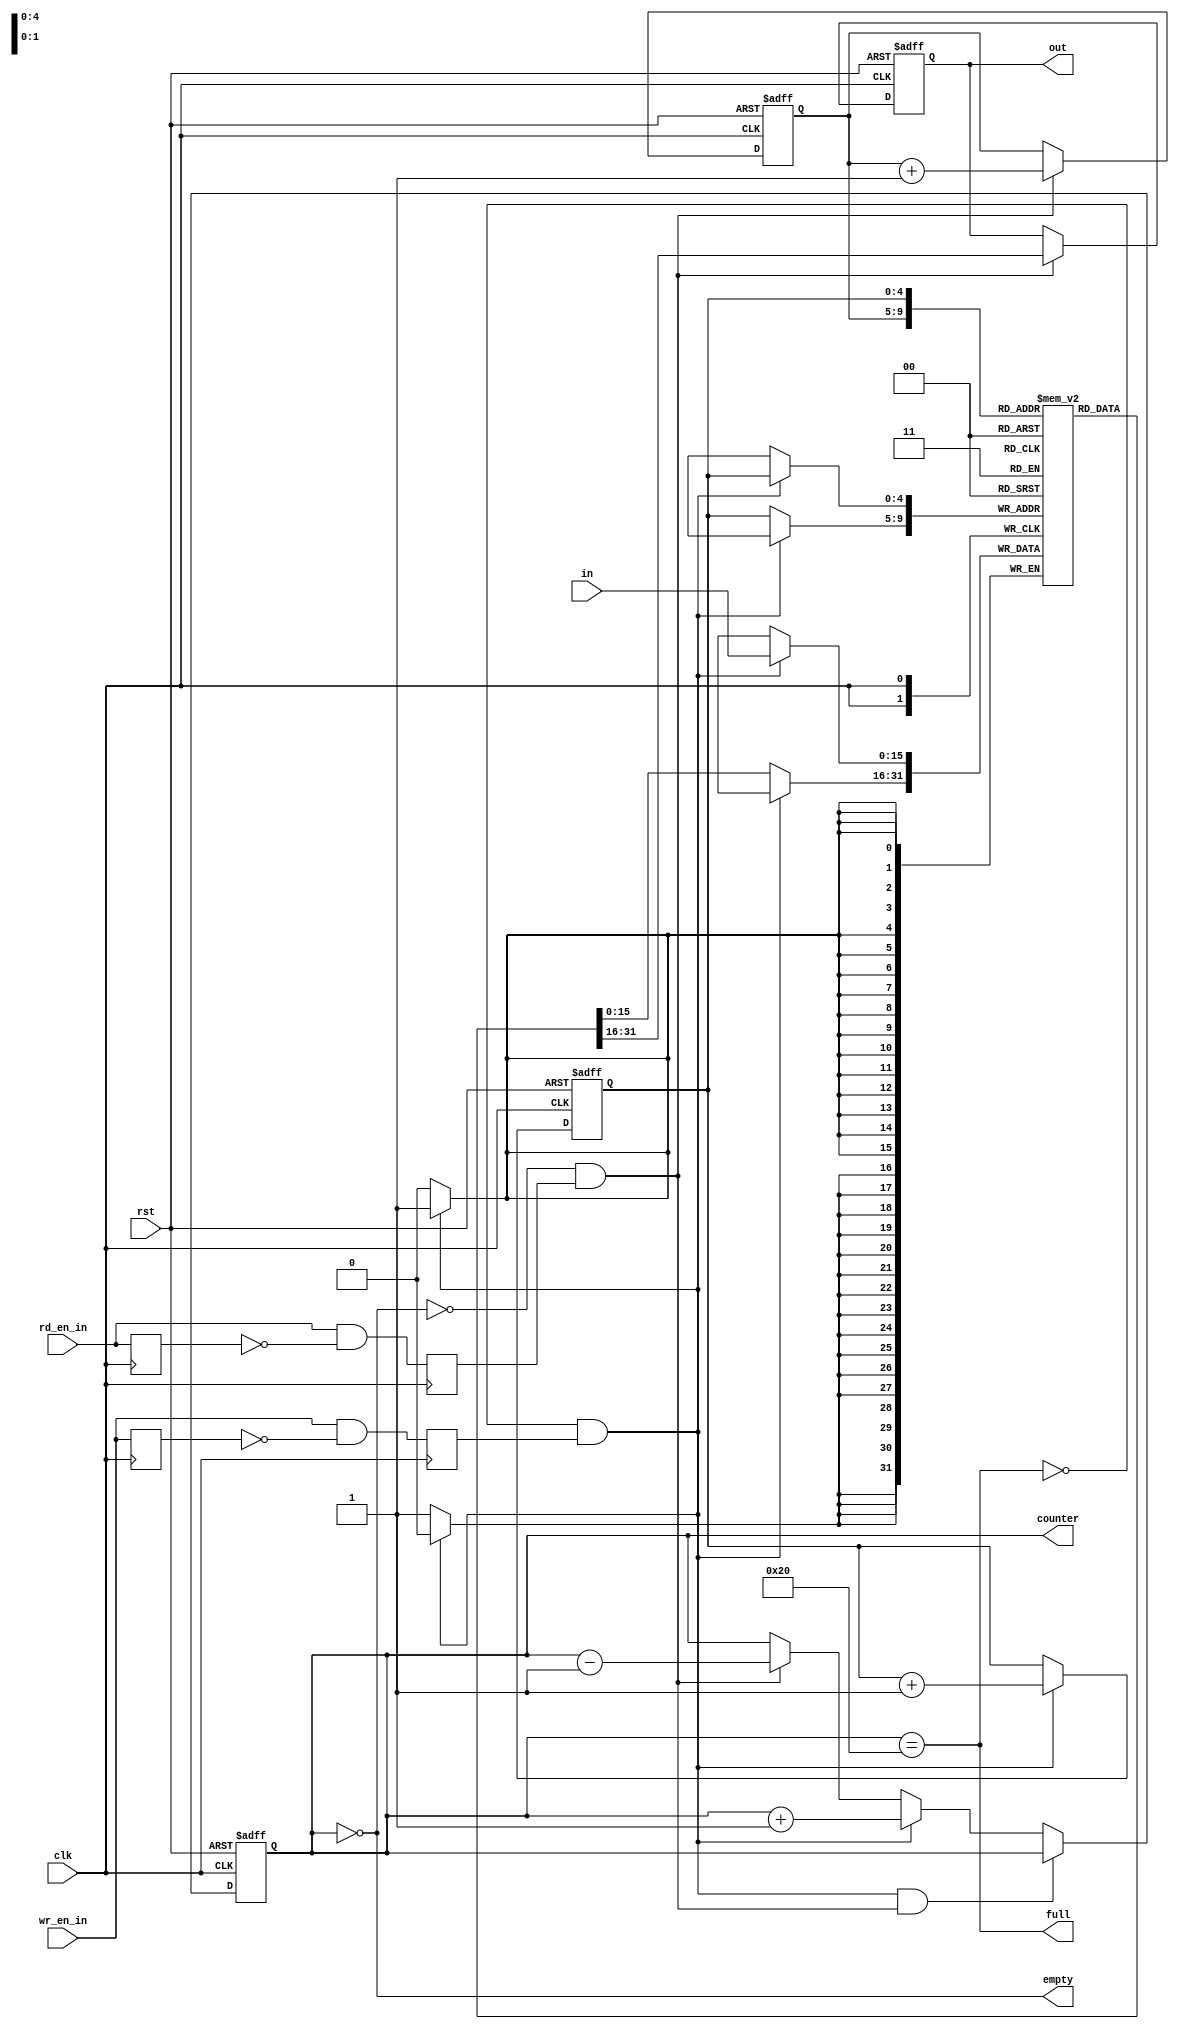
module fifo(input                       clk, 
            input                       rst, 
            input  [BUF_DATA_WIDTH-1:0] in,
            output [BUF_DATA_WIDTH-1:0] out, 
            input                       wr_en_in, 
            input                       rd_en_in,
            output                      empty,
            output                      full,
            output [BUF_WIDTH:0]        counter);

parameter  BUF_WIDTH      = 5;
parameter  BUF_DATA_WIDTH = 16;
localparam BUF_SIZE       = 1 << BUF_WIDTH; 
        
reg [BUF_DATA_WIDTH-1:0] out;
reg                      empty;
reg                      full;
reg [BUF_WIDTH:0]        counter;
reg [BUF_WIDTH-1:0]      rd_ptr;
reg [BUF_WIDTH-1:0]      wr_ptr;
reg [BUF_DATA_WIDTH-1:0] buf_mem [0:BUF_SIZE-1];
reg                      rd_en_in_d;
reg                      wr_en_in_d;
reg                      rd_en;
reg                      wr_en;

always @(fifo_counter)
begin
    empty = (counter == 0);
    full  = (counter == BUF_SIZE);
end


always @(posedge clk) 
begin
    rd_en_in_d <= rd_en_in;
    wr_en_in_d <= wr_en_in;

    rd_en = (rd_en_in && !rd_en_in_d);
    wr_en = (wr_en_in && !wr_en_in_d);
end

always @(posedge clk or posedge rst)
begin
    if (rst)
        counter <= 0;
    else if ((!full && wr_en) && (!empty && rd_en))
        counter <= counter;
    else if (!full && wr_en)
        counter <= counter + 1;
    else if( !empty && rd_en)
        counter <= counter - 1;
    else
        counter <= counter;
end

always @( posedge clk or posedge rst)
begin
    if (rst) begin
        out <= 0;
    end else begin
        if (rd_en && !empty) begin
            out <= buf_mem[rd_ptr];
        end else begin
            out <= out;
        end
    end
end

always @(posedge clk)
begin
    if (wr_en && !full) begin
        buf_mem[wr_ptr] <= in;
    end else begin
        buf_mem[wr_ptr] <= buf_mem[wr_ptr];
    end
end

always@(posedge clk or posedge rst)
begin
    if (rst) begin
        wr_ptr <= 0;
        rd_ptr <= 0;
    end else begin
        if (!full && wr_en) begin
            wr_ptr <= wr_ptr + 1;
        end else begin
            wr_ptr <= wr_ptr;
        end

        if (!empty && rd_en) begin
           rd_ptr <= rd_ptr + 1;
        end else begin 
           rd_ptr <= rd_ptr;
        end
    end
end

endmodule